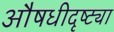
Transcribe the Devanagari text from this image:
औषधीदृष्ट्या